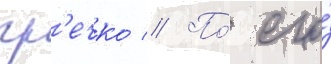
гр'ечко // По́ его́